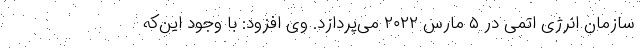
سازمان انرژی اتمی در ۵ مارس ۲۰۲۲ می‌پردازد. وی‌ افزود: با وجود این‌که